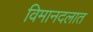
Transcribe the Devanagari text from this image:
विमानदलात